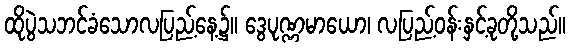
ထိုပွဲသဘင်ခံသောလပြည့်နေ့၌။ ဒွေပုဏ္ဏမာယော၊ လပြည့်ဝန်းနှင့်ခုတို့သည်။